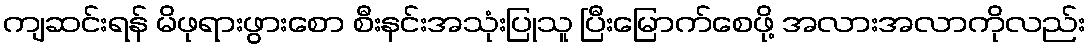
ကျဆင်းရန် မိဖုရားဖွားစော စီးနင်းအသုံးပြုသူ ပြီးမြောက်စေဖို့ အလားအလာကိုလည်း